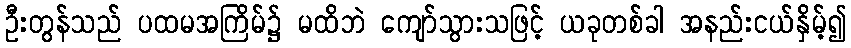
ဦးတွန်သည် ပထမအကြိမ်၌ မထိဘဲ ကျော်သွားသဖြင့် ယခုတစ်ခါ အနည်းငယ်နှိမ့်၍